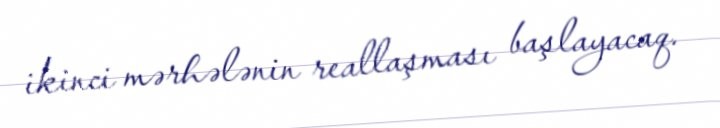
ikinci mərhələnin reallaşması başlayacaq.